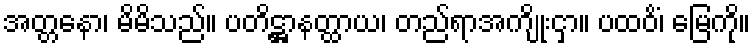
အတ္တနော၊ မိမိသည်။ ပတိဋ္ဌာနတ္ထာယ၊ တည်ရာအကျိုးငှာ။ ပထဝိံ၊ မြေကို။